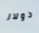
دولار